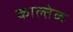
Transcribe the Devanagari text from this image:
काल्तेक